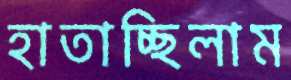
হাতাচ্ছিলাম